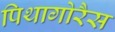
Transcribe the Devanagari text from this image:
पिथागोरैस